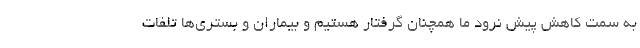
به سمت کاهش پیش نرود ما همچنان گرفتار هستیم و بیماران و بستری‌ها تلفات